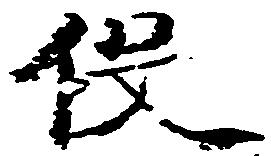
役